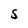
Character: S